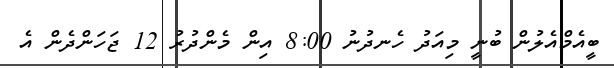
ބީއެމްއެލުން ބުނީ މިއަދު ހެނދުނު 8:00 އިން މެންދުރު 12 ޖަހަންދެން އެ